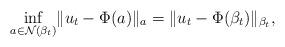
LaTeX: \begin{align*}\underset{a\in {\mathcal N}(\beta_t)} \inf\| u_t-\Phi(a)\|_{a} =\| u_t-\Phi(\beta_t)\|_{\beta_t} ,\end{align*}